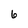
Character: 6